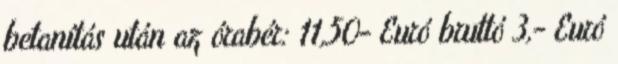
betanítás után az órabér: 11,50- Euró bruttó 3,- Euró